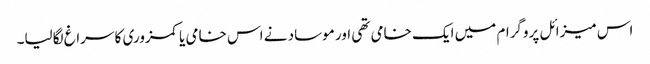
اس میزائل پروگرام میں ایک خامی تھی اور موساد نے اس خامی یا کمزوری کا سراغ لگالیا۔